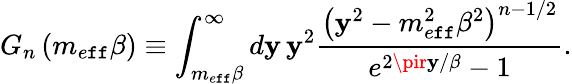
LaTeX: G_{n}\left(m_{e\mathtt{f}\mathtt{f}}\beta\right)\equiv\int_{m_{e\mathtt{f}\mathtt{f}}\beta}^{\infty}d\mathbf{y}\, \mathbf{y}^{2}\frac{{\left(\mathbf{y}^{2}-m_{e\mathtt{f}\mathtt{f}}^{2}\beta^{2}\right)^{n-1/2}}}{{e^{2\pir\mathbf{y}/\beta}-1}}.